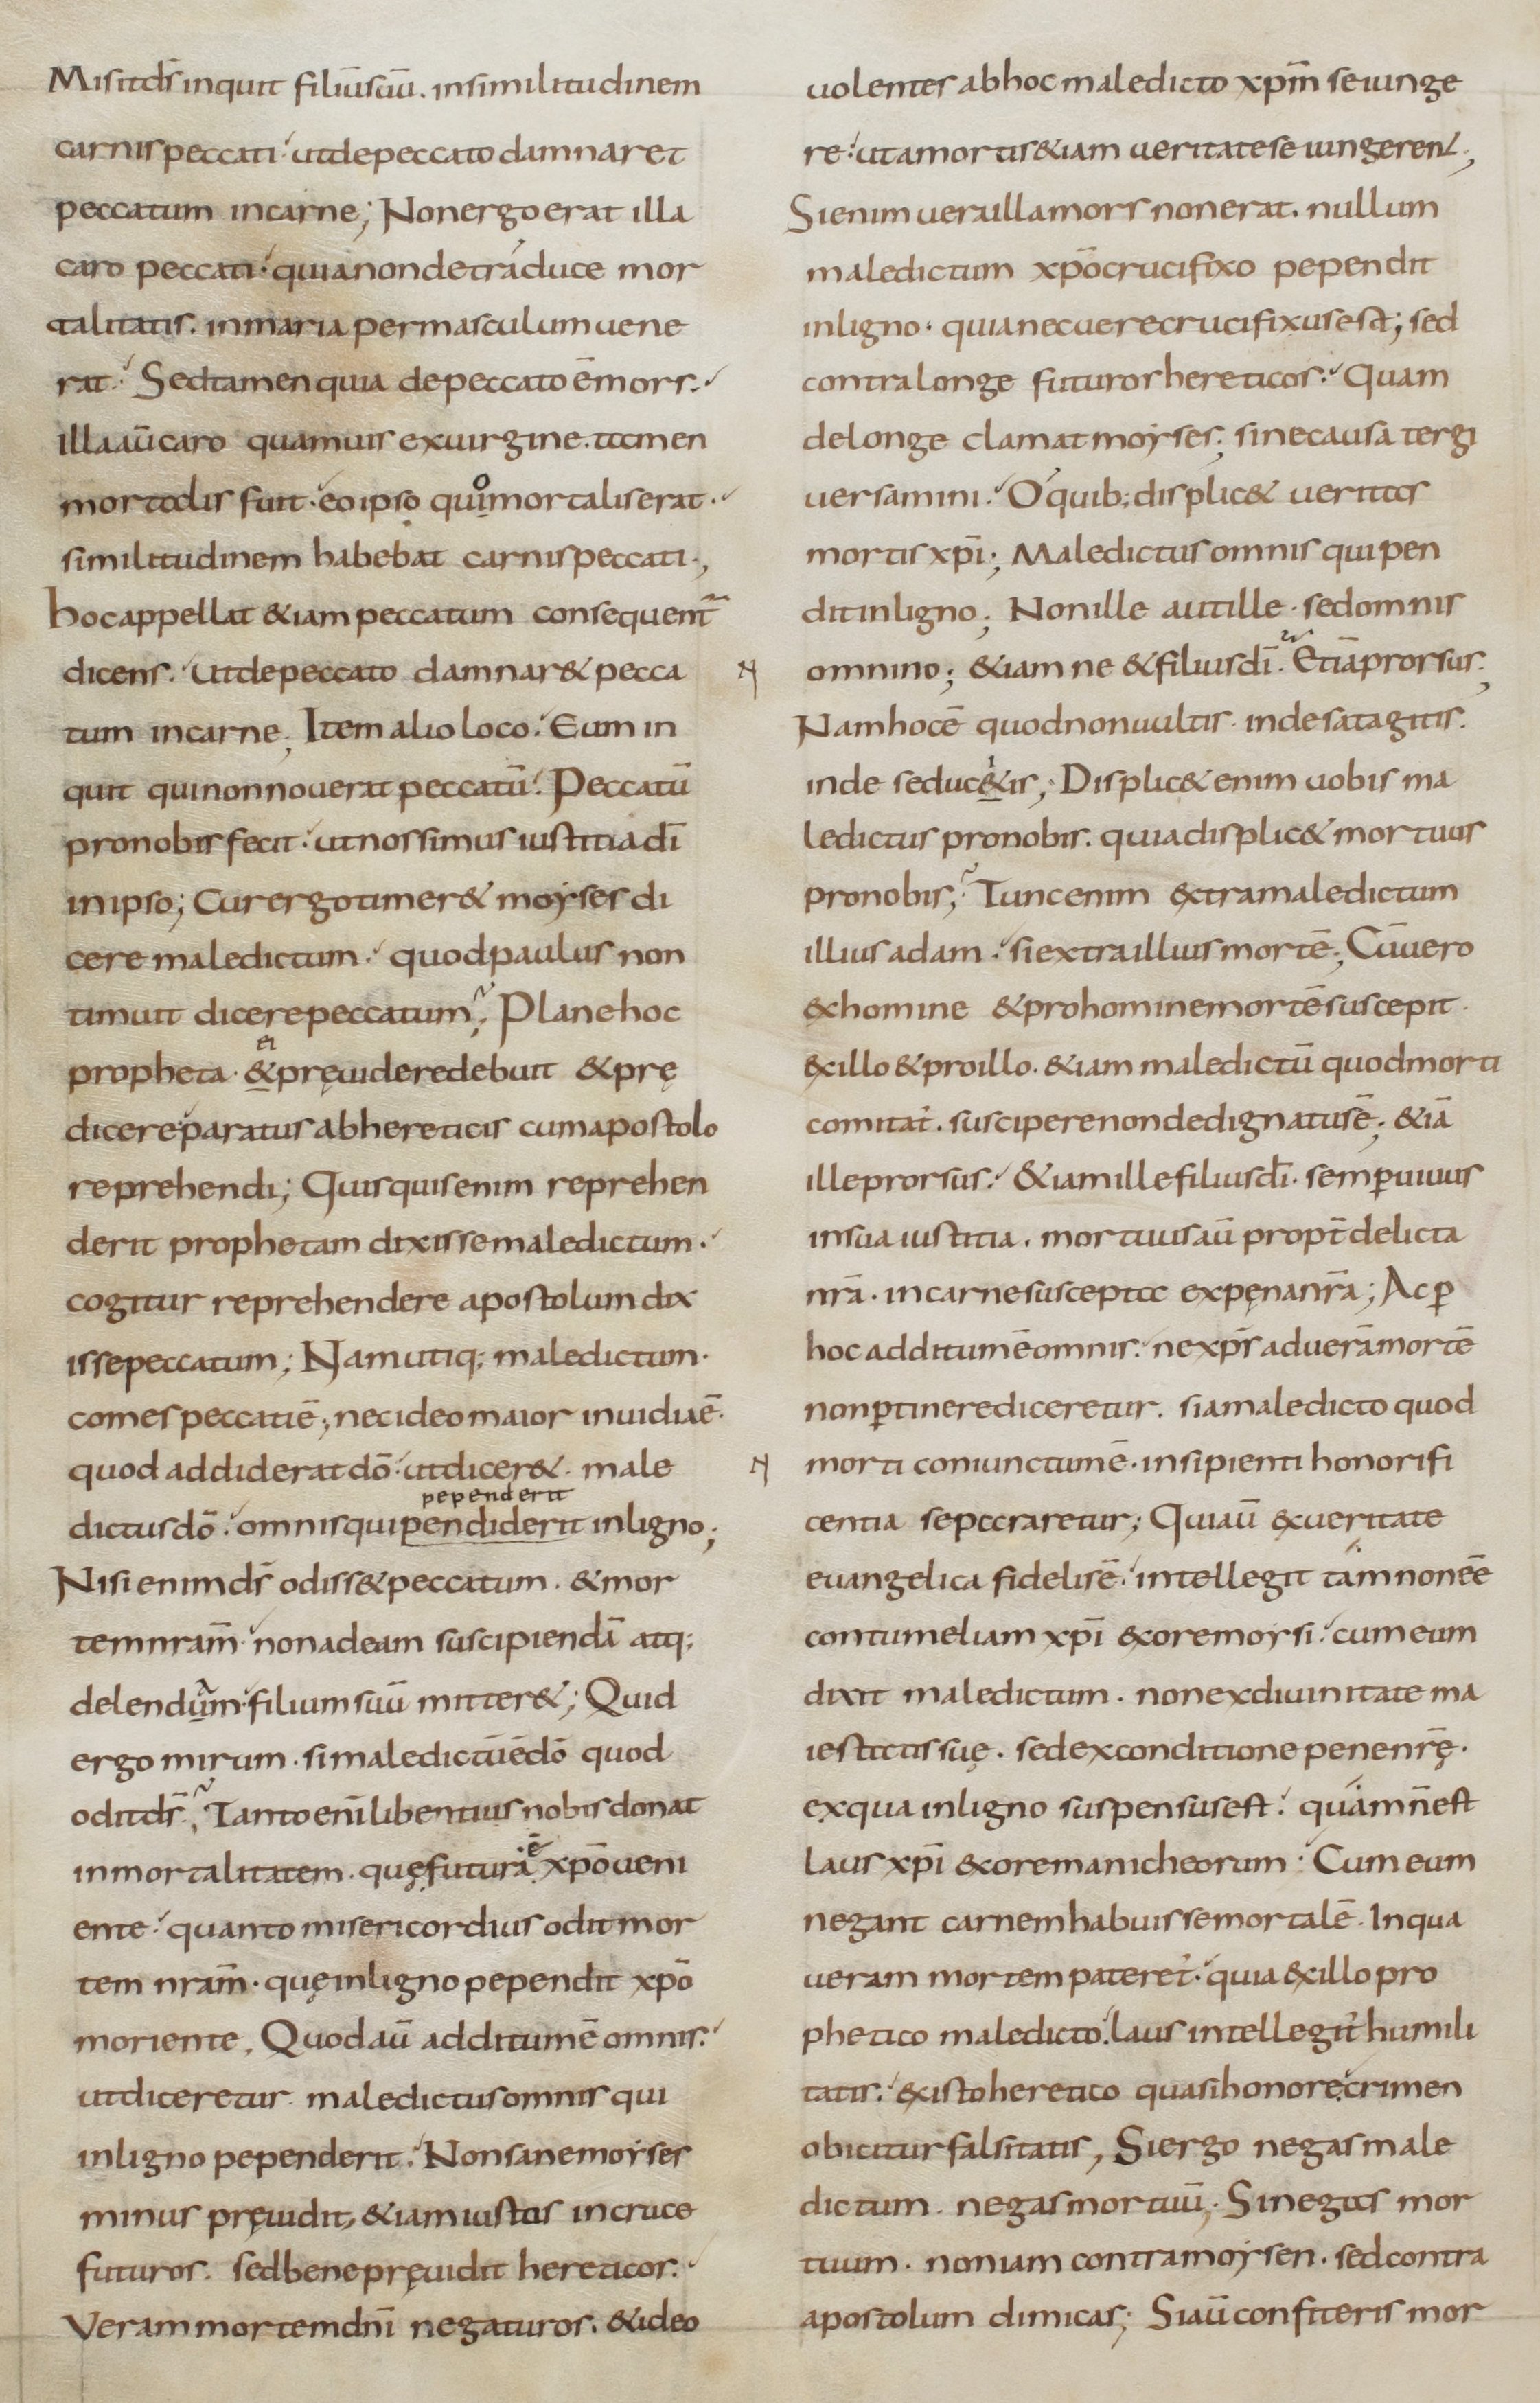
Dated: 800–899